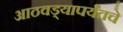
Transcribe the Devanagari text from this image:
आठवड्यापर्यंतचे